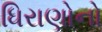
ધિરાણોનો